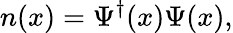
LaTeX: n(x)=\Psi^{\dagger}(x)\Psi(x),